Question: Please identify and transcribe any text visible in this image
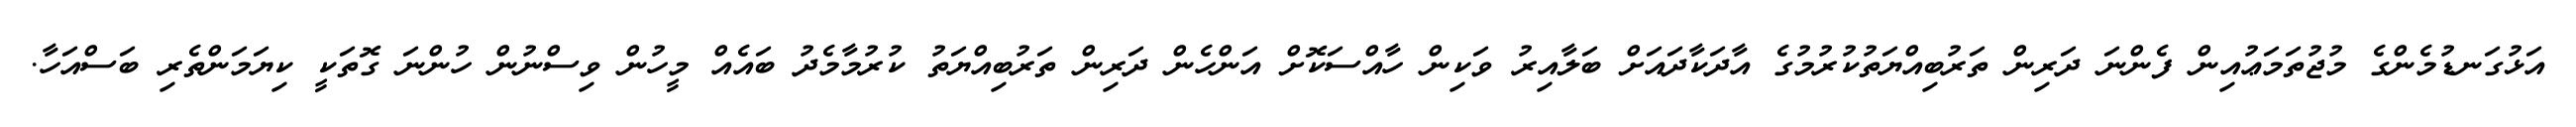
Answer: އަޅުގަނޑުމެންގެ މުޖުތަމަޢުއިން ފެންނަ ދަރިން ތަރުބިއްޔަތުކުރުމުގެ އާދަކާދައަށް ބަލާއިރު ވަކިން ހާއްސަކޮށް އަންހެން ދަރިން ތަރުބިއްޔަތު ކުރުމާމެދު ބައެއް މީހުން ވިސްނުން ހުންނަ ގޮތަކީ ކިޔަމަންތެރި ބަސްއަހާ.